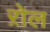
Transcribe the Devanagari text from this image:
ऱोल